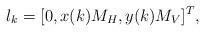
LaTeX: \begin{align*} l_{k} = [0, x(k)M_H, y(k)M_V]^T,\end{align*}